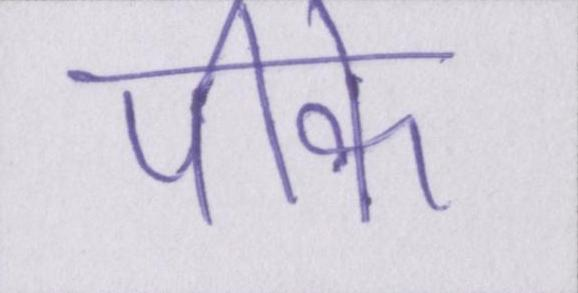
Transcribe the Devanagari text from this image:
पीके